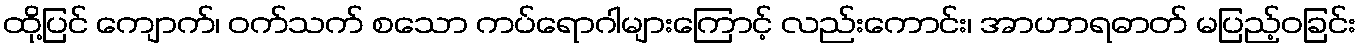
ထို့ပြင် ကျောက်၊ ဝက်သက် စသော ကပ်ရောဂါများကြောင့် လည်းကောင်း၊ အာဟာရဓာတ် မပြည့်ဝခြင်း